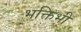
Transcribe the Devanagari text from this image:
भक्तिभी